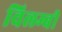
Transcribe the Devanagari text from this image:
विलम्बी